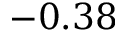
- 0 . 3 8